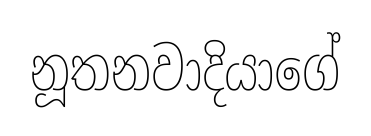
නූතනවාදියාගේ